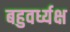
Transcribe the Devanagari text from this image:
बहुवर्ध्यक्ष